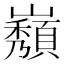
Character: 𡾫